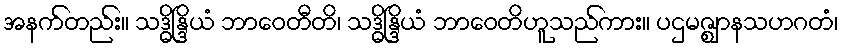
အနက်တည်း။ သဒ္ဓိန္ဒြိယံ ဘာဝေတီတိ၊ သဒ္ဓိန္ဒြိယံ ဘာဝေတိဟူသည်ကား။ ပဌမဇ္ဈာနသဟဂတံ၊